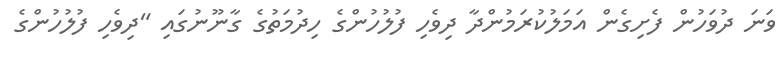
ވަނަ ދުވަހުން ފެށިގެން އަމަލުކުރަމުންދާ ދިވެހި ފުލުހުންގެ ހިދުމަތުގެ ގާނޫނުގައި "ދިވެހި ފުލުހުންގެ